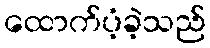
ထောက်ပံ့ခဲ့သည်